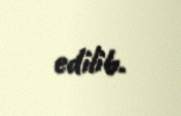
edilib.